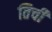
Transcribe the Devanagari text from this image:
तिचीं